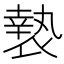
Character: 𭏲